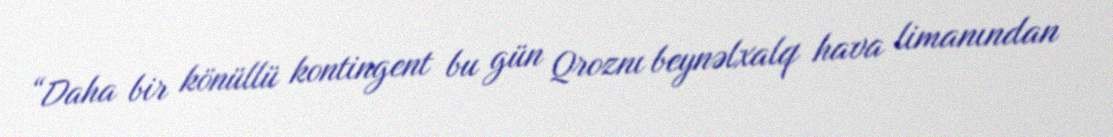
“Daha bir könüllü kontingent bu gün Qroznı beynəlxalq hava limanından